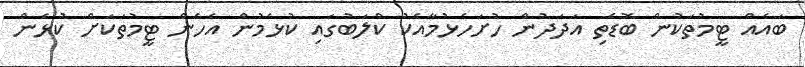
ބައެއް ޓީމުތަކުން ބޮޑެތި އަދަދުން ހުށަހެޅުމާއެކު ކްލަބުގައި ކުޅެމުން އެހެން ޓީމުތަކަށް ކުޅެން